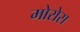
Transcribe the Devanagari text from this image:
मोरोस